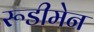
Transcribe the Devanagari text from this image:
रूडीमेन